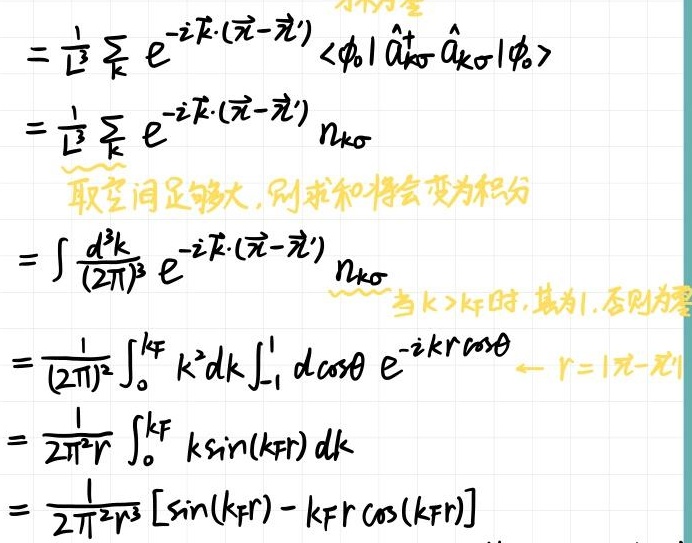
取空间足够大, 则求和将会变为积分。
当\(k > k_{\text{F}}\)时, 其为1, 否则为零。
\[
\begin{align*}
&=\frac{1}{L^{3}}\sum_{\boldsymbol{k}} e^{-i\boldsymbol{k}\cdot(\vec{x}-\vec{x}')} \langle \phi_0|\hat{a}_{\boldsymbol{k}\sigma}^{\dagger}\hat{a}_{\boldsymbol{k}\sigma}|\phi_0\rangle\\
&=\frac{1}{L^{3}}\sum_{\boldsymbol{k}} e^{-i\boldsymbol{k}\cdot(\vec{x}-\vec{x}')} n_{\boldsymbol{k}\sigma}\\
&=\int\frac{d^{3}k}{(2\pi)^{3}} e^{-i\boldsymbol{k}\cdot(\vec{x}-\vec{x}')} n_{\boldsymbol{k}\sigma}\\
&=\frac{1}{(2\pi)^{2}}\int_{0}^{k_{\text{F}}} k^{2}dk\int_{-1}^{1} d\cos\theta\ e^{-ikr\cos\theta} \quad r = |\vec{x}-\vec{x}'|\\
&=\frac{1}{2\pi^{2}r} \int_{0}^{k_{\text{F}}} k\sin(k_{\text{F}}r) dk\\
&=\frac{1}{2\pi^{2}r^{3}} [\sin(k_{\text{F}}r) - k_{\text{F}}r\cos(k_{\text{F}}r)]
\end{align*}
\]